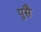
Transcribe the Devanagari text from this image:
पुसै